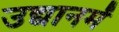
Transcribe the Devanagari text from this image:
उद्यानमें